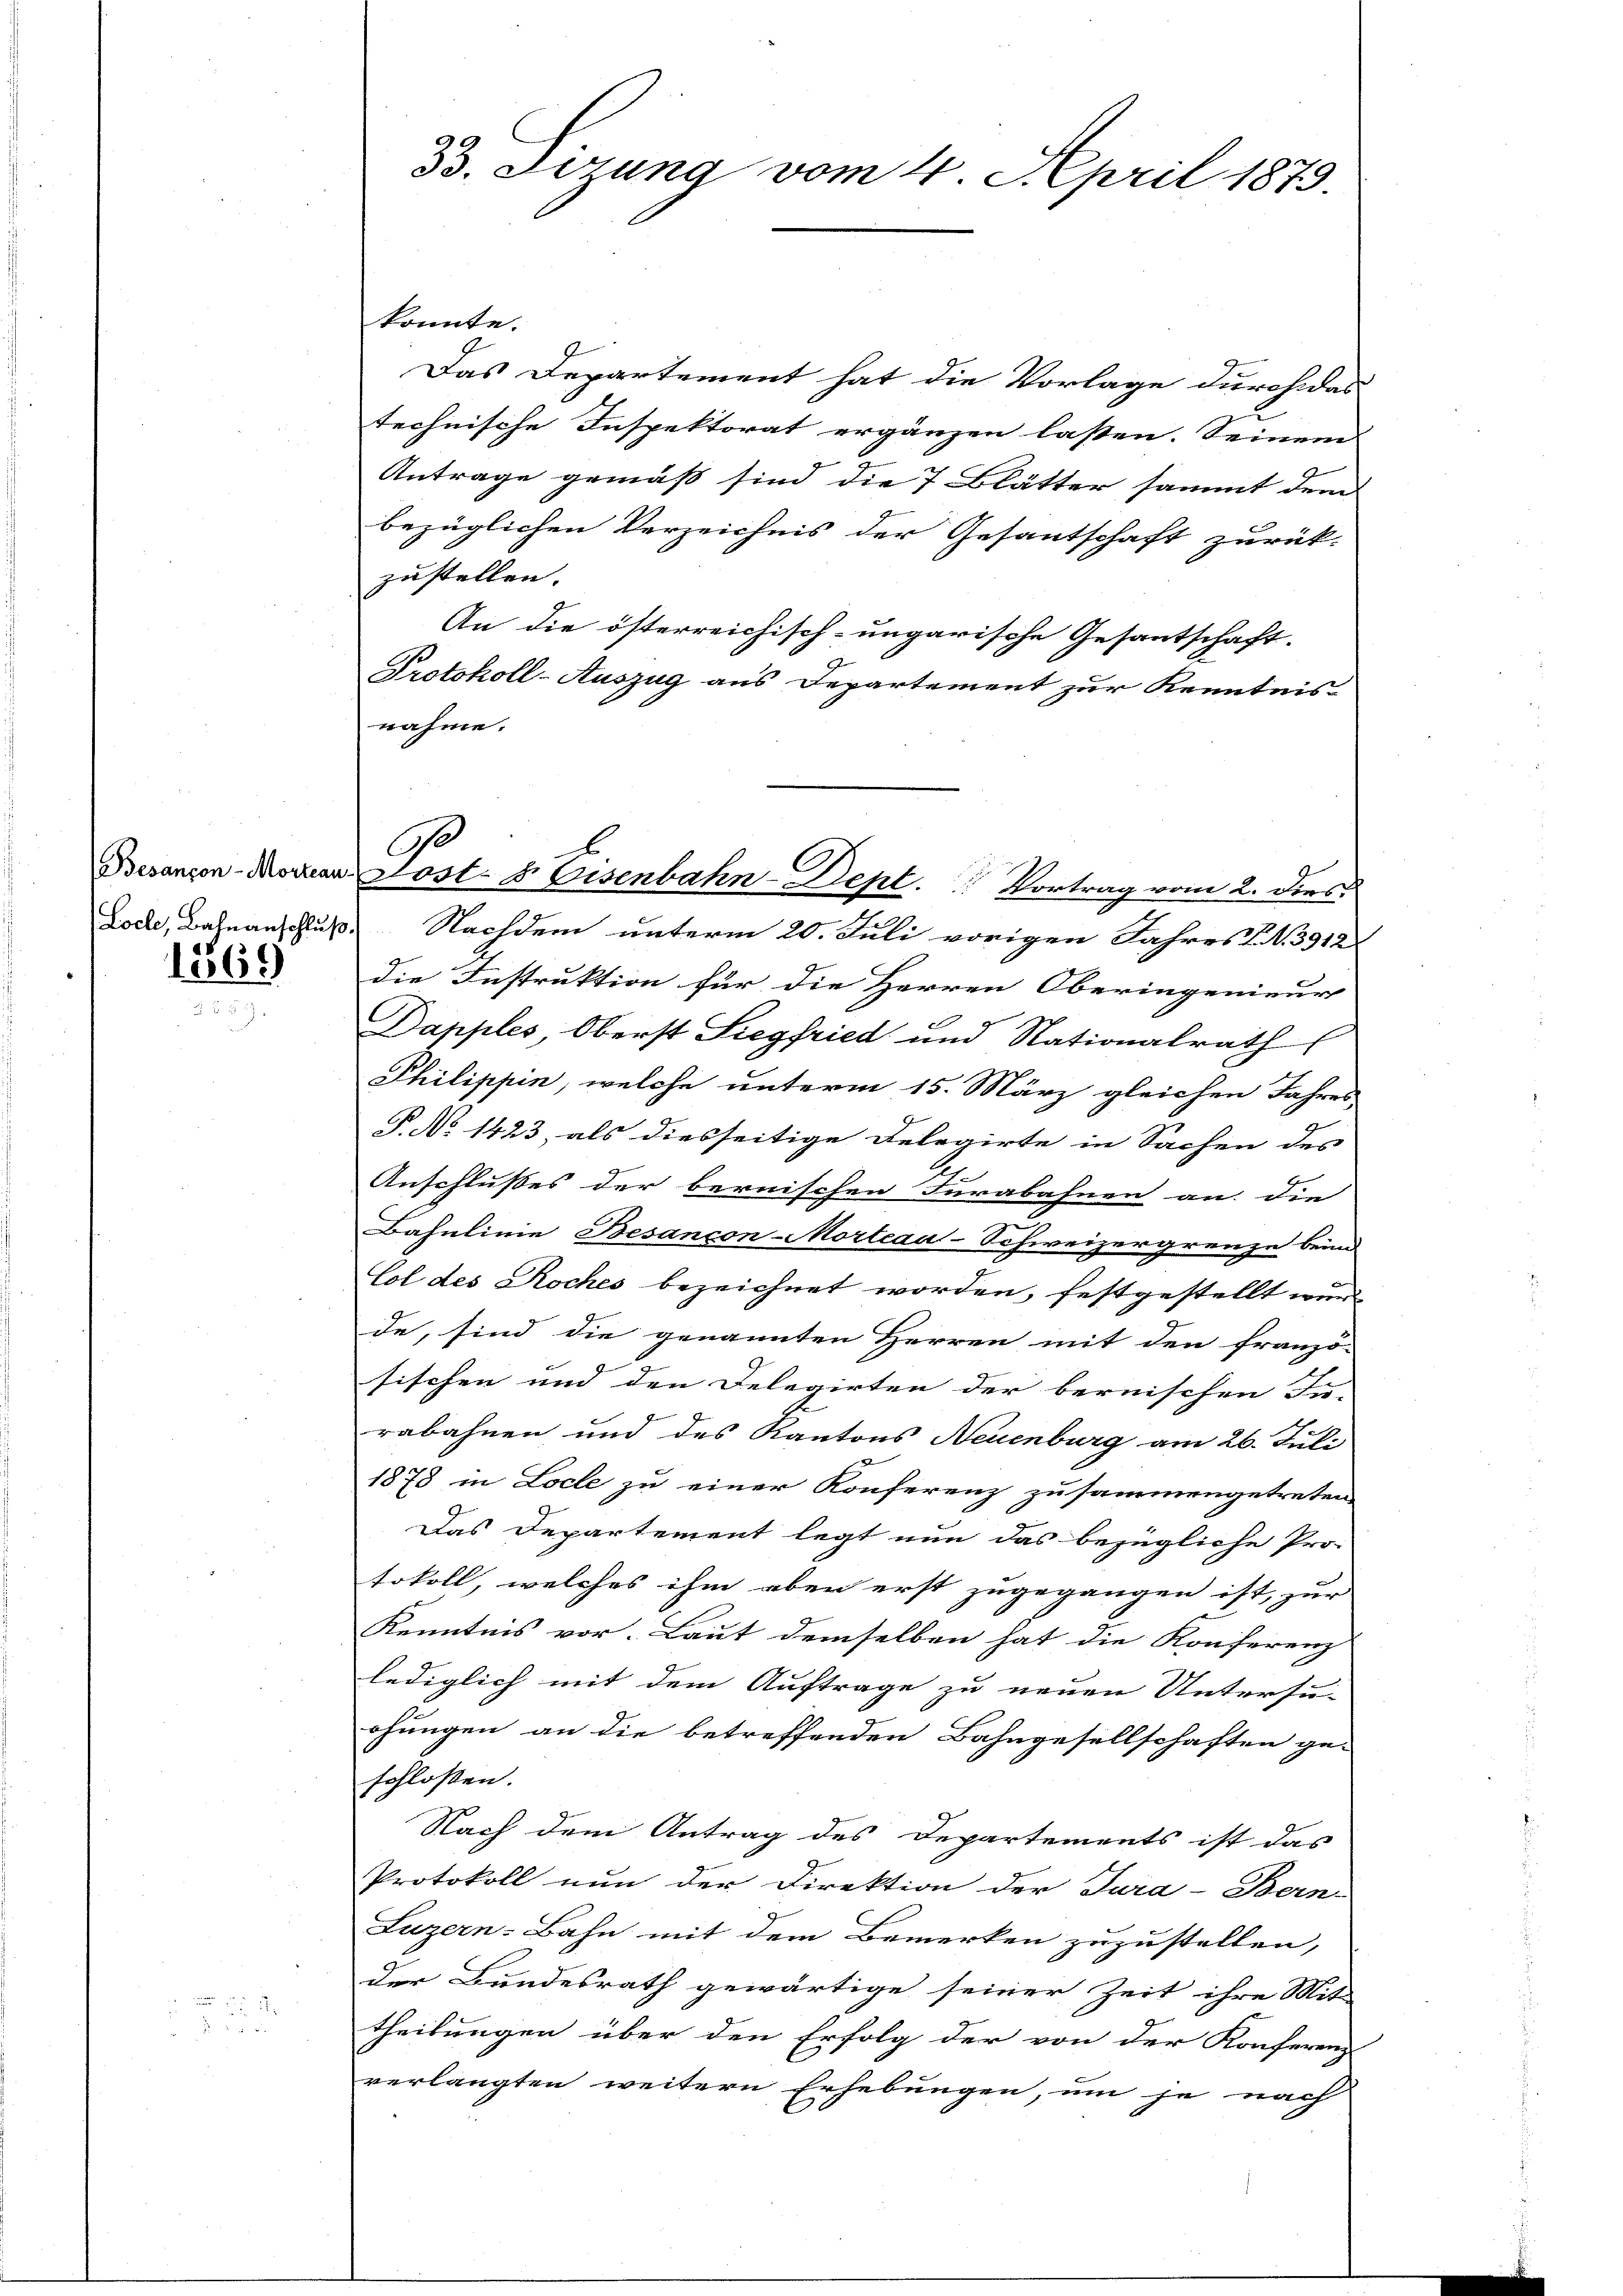
Loche, Bahnanschluß.

1369

33. Derung vom 4. April 1879.

.
Besançon-Morean Post- u. Eisenbahn-Dept. Vortrag vom 2. dies

konnte.
Das Departement hat die Vorlage durch das
technische Inspektorat ergänzen lassen. Seinem
Antrage gemäß sind die 7 Blätter sammt dem
bezüglichen Verzeichnis der Gesantschaft zurück-
zustellen.
An die österreichisch-ungarische Gesantschaft-
Protokoll-Auszug aus Departement zur Kenntnis-
nahme.
Nachdem unterm 20. Juli vorigen Jahres N. 3912
die Instruktion für die Herren Oberingenieur
Dapples, Oberst Siegfried und Nationalrath
Philippin, welche unterm 15. März gleichen Jahres
P. No 1423, als diesseitige Relegirte in Sachen des
Anschlußes der bernischen Furabahnen an die
G
Bahnlinie Besancon-Morteau-Schweizergrenze beim
Col des Roches bezeichnet worden, festgestellt wur
de, sind die genannten Herren mit den franzö-
sischen und den Delegirten der bernischen In-
rabahnen und des Kantons Neuenburg am 26. Juli
1878 in Loche zu einer Konferenz zusammengetreten
Das Departement legt nun das bezügliche Pro-
tokoll, welches ihm aben erst zugegangen ist, zur
Kenntnis vor. Laut demselben hat die Konferenz
lediglich mit dem Auftrage zu neuen Untersu-
ohungen an die betreffenden Bahngesellschaften ge-
schloßen.
Nach dem Antrag des Departements ist das
Protokoll nun der Direktion der Jura-Bern-
Luzern-Bahn mit dem Bemerken zuzustellen,
der Bundesrath gewärtige seiner Zeit ihre Mit-
theilungen über den Erfolg der von der Konferenz-
verlangten weitern Erhebungen, um je nach